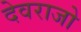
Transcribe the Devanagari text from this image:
देवराजो